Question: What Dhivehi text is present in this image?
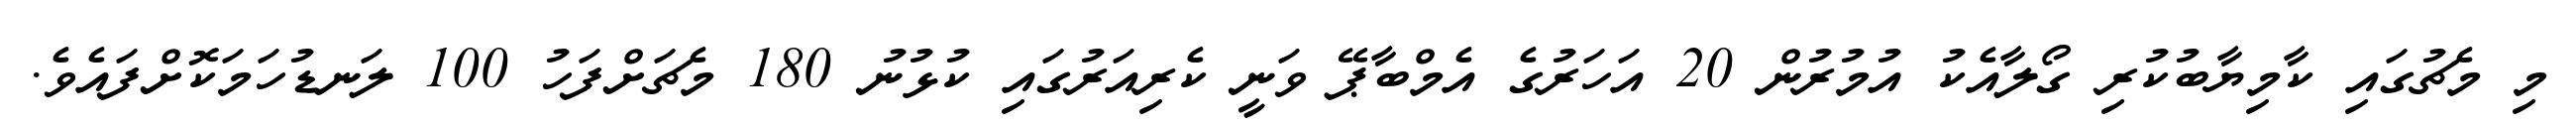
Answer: މި މެޗުގައި ކާމިޔާބުކުރި ގޯލާއެކު އުމުރުން 20 އަހަރުގެ އެމްބާޕޭ ވަނީ ކެރިއަރުގައި ކުޅުނު 180 މެޗަށްފަހު 100 ލަނޑުހަމަކޮށްފައެވެ.